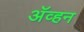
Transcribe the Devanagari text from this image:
अॅव्हन